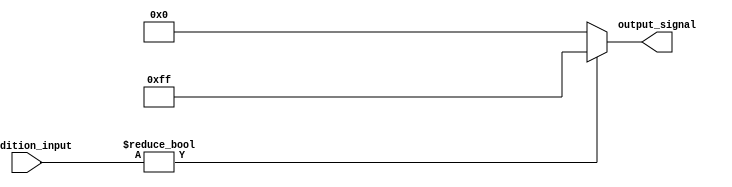
module conditional_operator_assignment (
    input wire [3:0] condition_input,  // 4-bit input signal for condition evaluation
    output reg [7:0] output_signal      // 8-bit output signal
);

    // Always block for combinational logic
    always @(*) begin
        // Conditional operator assignment
        output_signal = (condition_input != 4'b0000) ? 8'b11111111 : 8'b00000000;
    end

endmodule